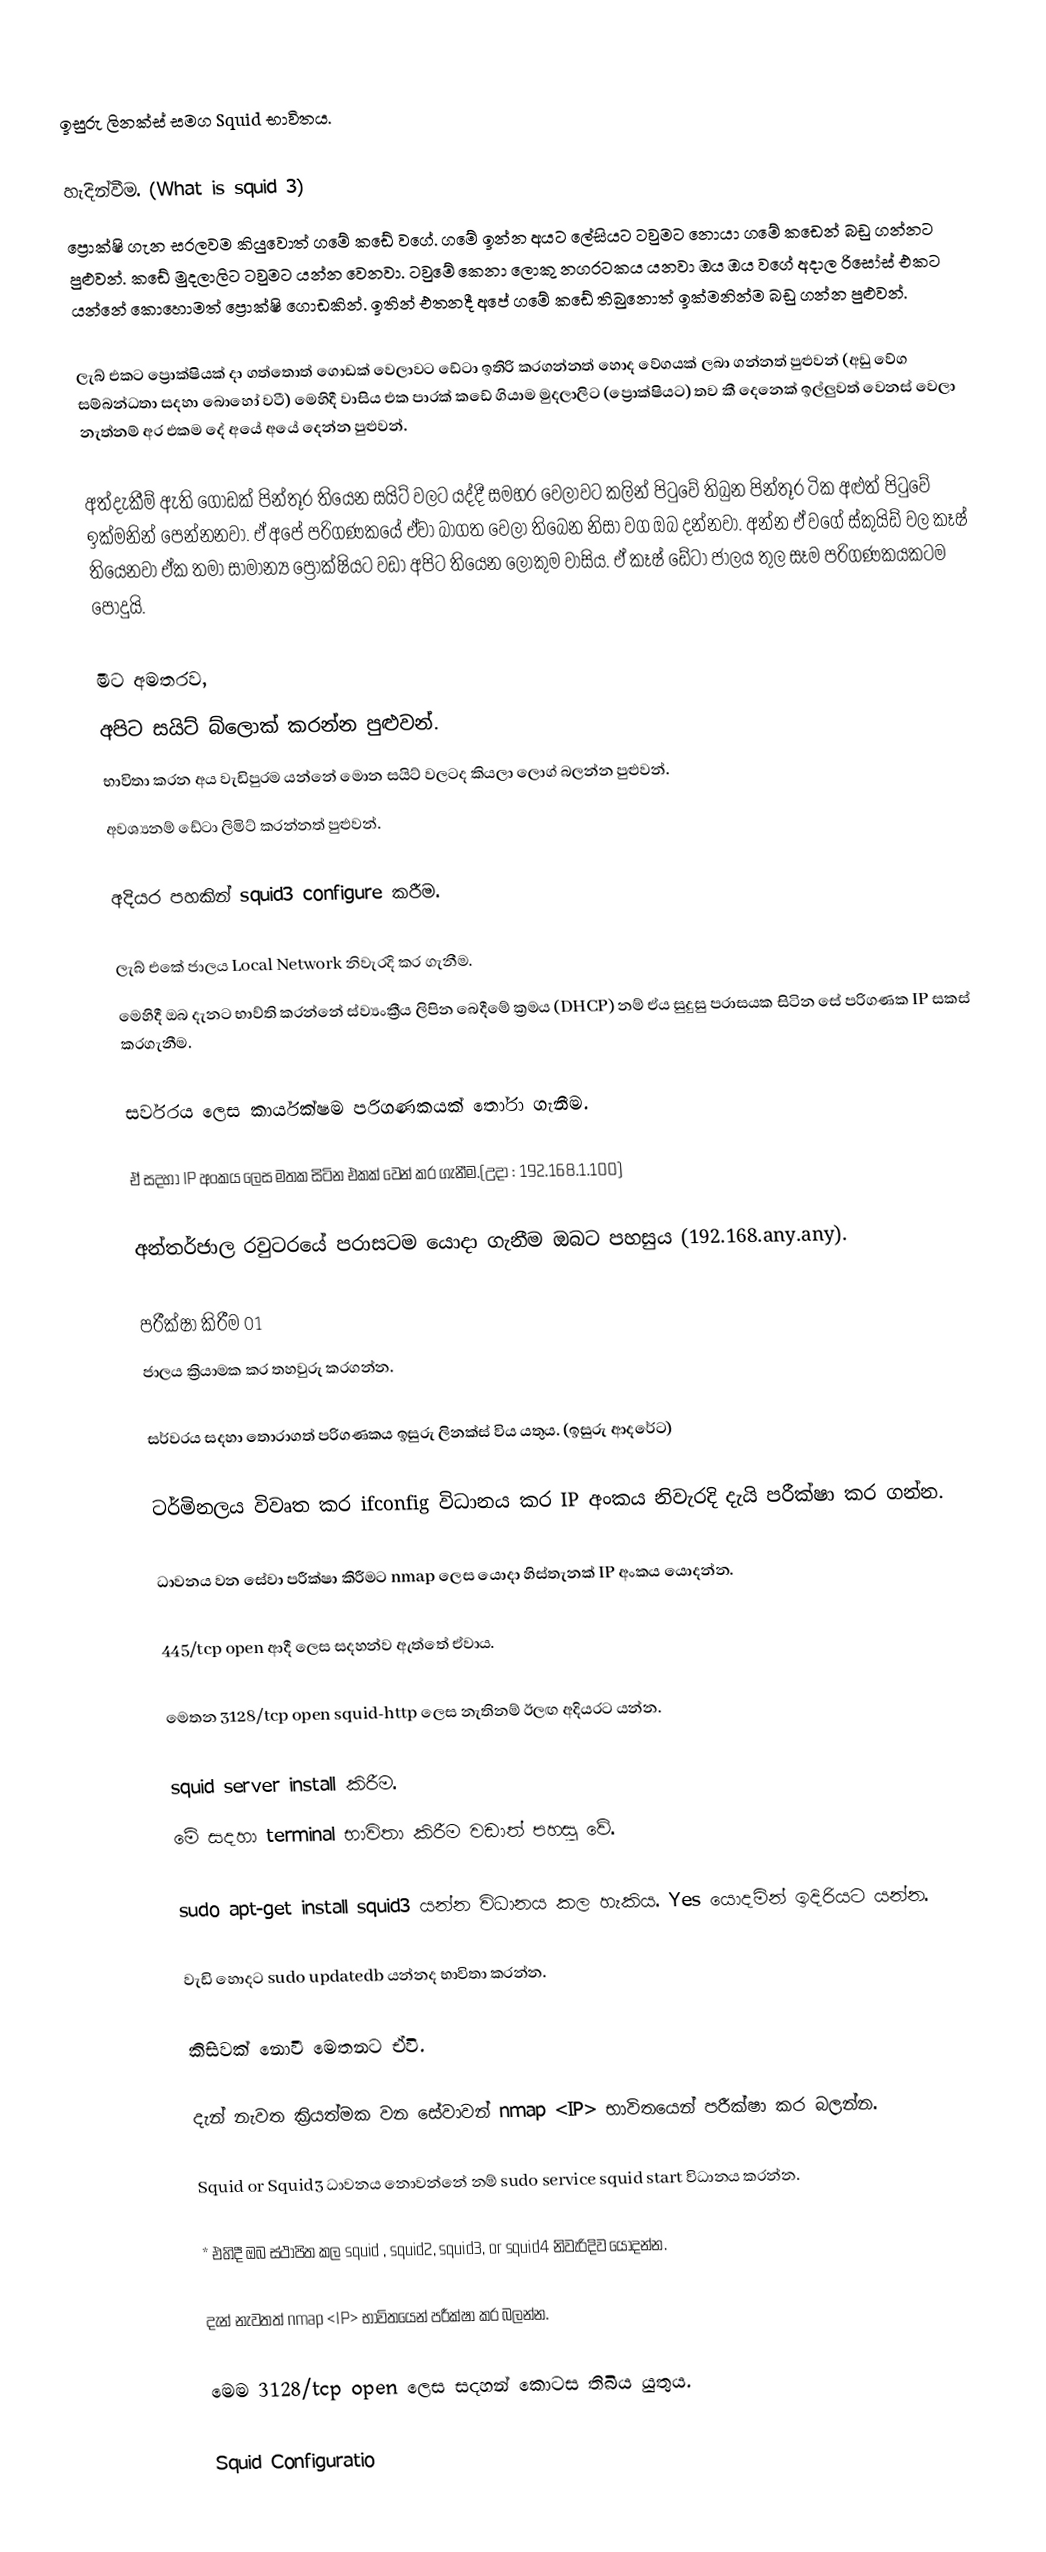

ඉසුරු ලිනක්ස් සමග Squid භාවිතය.

හැදින්වීම. (What is squid 3)
ප්‍රොක්ෂි ගැන සරලවම කියුවොත් ගමේ කඩේ වගේ. ගමේ ඉන්න අයට ලේසියට ටවුමට නොයා ගමේ කඩෙන් බඩු ගන්නට පුළුවන්. කඩේ මුදලාලිට ටවුමට යන්න වෙනවා. ටවුමේ කෙනා ලොකු නගරටකය යනවා ඔය ඔය වගේ අදාල රිසෝස් එකට යන්නේ කොහොමත් ප්‍රොක්ෂි ගොඩකින්. ඉතින් එතනදී අපේ ගමේ කඩේ තිබුනොත් ඉක්මනින්ම බඩු ගන්න පුළුවන්.

ලැබ් එකට ප්‍රොක්ෂියක් දා ගත්තොත් ගොඩක් වෙලාවට ඩේටා ඉතිරි කරගන්නත් හොද වේගයක් ලබා ගන්නත් පුළුවන් (අඩු වේග සම්බන්ධතා සදහා බොහෝ වටී) මෙහිදී වාසිය එක පාරක් කඩේ ගියාම මුදලාලිට (ප්‍රොක්ෂියට) තව කී දෙනෙක් ඉල්ලුවත් වෙනස් වෙලා නැත්නම් අර එකම දේ අයේ අයේ දෙන්න පුළුවන්.

අත්දැකීම් ඇති ගොඩක් පින්තූර තියෙන සයිට් වලට යද්දී සමහර වෙලාවට කලින් පිටුවේ තිබුන පින්තූර ටික අළුත් පිටුවේ ඉක්මනින් පෙන්නනවා. ඒ අපේ පරිගණකයේ ඒවා බාගත වෙලා තිබෙන නිසා වග ඔබ දන්නවා. අන්න ඒ වගේ ස්කුයිඩ් වල කෑෂ් තියෙනවා ඒක තමා සාමාන්‍ය ප්‍රොක්ෂියට වඩා අපිට තියෙන ලොකුම වාසිය. ඒ කෑෂ් ඩේටා ජාලය තුල සෑම පරිගණකයකටම පොදුයි.

මීට අමතරව,
 අපිට සයිට් බ්ලොක් කරන්න පුළුවන්.
 භාවිතා කරන අය වැඩිපුරම යන්නේ මොන සයිට් වලටද කියලා ලොග් බලන්න පුළුවන්.
 අවශ්‍යනම් ඩේටා ලිමිට් කරන්නත් පුළුවන්.

අදියර පහකින් squid3 configure කරීම.

ලැබ් එකේ ජාලය Local Network නිවැරදි කර ගැනීම.
මෙහිදී ඔබ දැනට භාව්ති කරන්නේ ස්ව්‍යංක්‍රීය ලිපින බෙදීමේ ක්‍රමය (DHCP) නම් ඒය සුදුසු පරාසයක සිටින සේ පරිගණක IP සකස් කරගැනීම.

සර්වරය ලෙස කාර්යක්ෂම පරිගණකයක් තෝරා ගැනීම.

ඒ සදහා IP අංකය ලෙස මතක සිටින එකක් වෙන් කර ගැනීම.(උදා : 192.168.1.100)

අන්තර්ජාල රවුටරයේ පරාසටම යොදා ගැනීම ඔබට පහසුය (192.168.any.any).

පරීක්ෂා කිරීම 01
ජාලය ක්‍රියාමක කර තහවුරු කරගන්න.

සර්වරය සදහා තොරාගත් පරිගණකය ඉසුරු ලිනක්ස් විය යතුය. (ඉසුරු ආදරේට)

ටර්මිනලය විවෘත කර ifconfig විධානය කර IP අංකය නිවැරදි දැයි පරීක්ෂා කර ගන්න.

ධාවනය වන සේවා පරීක්ෂා කිරීමට nmap ලෙස යොදා හිස්තැනක් IP අංකය යොදන්න.

445/tcp open  ආදී ලෙස සදහන්ව ඇත්තේ ඒවාය.

මෙතන 3128/tcp open squid-http ලෙස නැතිනම් ඊලඟ අදියරට යන්න.

squid server install කිරීම.
මේ සදහා terminal භාවිතා කිරීම වඩාත් පහසු වේ.

sudo apt-get install squid3 යන්න විධානය කල හැකිය. Yes යොදමින් ඉදිරියට යන්න.

වැඩි හොදට sudo updatedb යන්නද භාවිතා කරන්න.

කිසිවක් නොවී මෙතනට ඒවි.

දැන් නැවත ක්‍රියත්මක වන සේවාවන් nmap <IP> භාවිතයෙන් පරීක්ෂා කර බලන්න.

Squid or Squid3 ධාවනය නොවන්නේ නම් sudo service squid start විධානය කරන්න.

* එහිදී ඔබ ස්ථාපිත කල squid , squid2, squid3, or squid4 නිවැරිදිව යොදන්න.

දැන් නැවතත් nmap <IP> භාවිතයෙන් පරීක්ෂා කර බලන්න.

මෙම 3128/tcp open ලෙස සදහන් කොටස තිබිය යුතුය.

Squid Configuratio